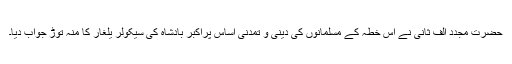
حضرت مجدد الف ثانیؒ نے اس خطہ کے مسلمانوں کی دینی و تمدنی اساس پراکبر بادشاہ کی سیکولر یلغار کا منہ توڑ جواب دیا۔